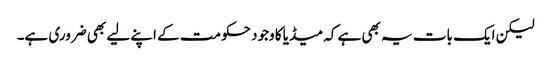
لیکن ایک بات یہ بھی ہے کہ میڈیا کا وجود حکومت کے اپنے لیے بھی ضروری ہے۔